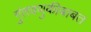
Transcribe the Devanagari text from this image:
गुंतवणुकीबाबत